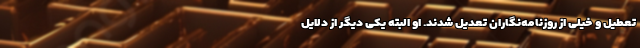
تعطیل و خیلی از روزنامه‌نگاران تعدیل شدند. او البته یکی دیگر از دلایل